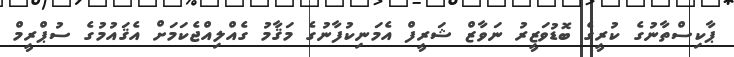
ޕާކިސްތާނުގެ ކުރީގެ ބޮޑުވަޒީރު ނަވާޒް ޝަރީފް އެމަނިކުފާނުގެ މަޤާމު ގެއްލިއްޖެކަމަށް އެޤައުމުގެ ސުޕްރީމް